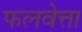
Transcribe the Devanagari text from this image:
फलवेत्ता